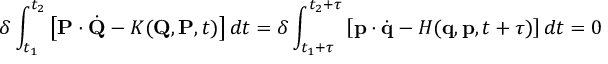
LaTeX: \delta \int _ { t _ { 1 } } ^ { t _ { 2 } } \left[ \mathbf { P } \cdot { \dot { \mathbf { Q } } } - K ( \mathbf { Q } , \mathbf { P } , t ) \right] d t = \delta \int _ { t _ { 1 } + \tau } ^ { t _ { 2 } + \tau } \left[ \mathbf { p } \cdot { \dot { \mathbf { q } } } - H ( \mathbf { q } , \mathbf { p } , t + \tau ) \right] d t = 0